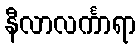
နီလာလင်္ကာရာ